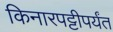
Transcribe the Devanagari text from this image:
किनारपट्टीपर्यंत